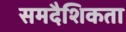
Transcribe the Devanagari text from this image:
समदैशिकता